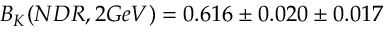
B _ { K } ( N D R , 2 G e V ) = 0 . 6 1 6 \pm 0 . 0 2 0 \pm 0 . 0 1 7